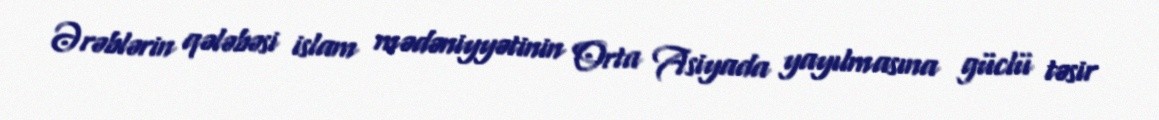
Ərəblərin qələbəsi islam mədəniyyətinin Orta Asiyada yayılmasına güclü təsir